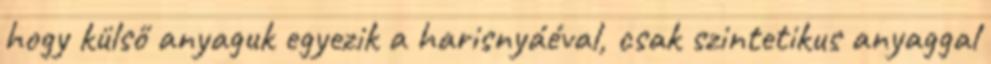
hogy külső anyaguk egyezik a harisnyáéval, csak szintetikus anyaggal